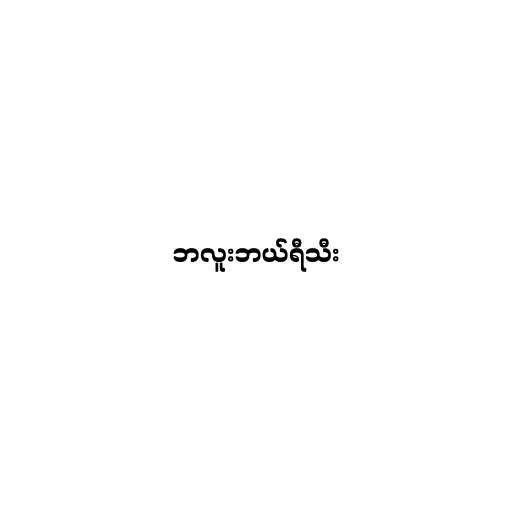
ဘလူးဘယ်ရီသီး